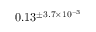
0 . 1 3 ^ { \pm 3 . 7 \times 1 0 ^ { - 3 } }